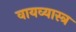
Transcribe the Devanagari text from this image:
वायव्‍यास्‍त्र